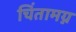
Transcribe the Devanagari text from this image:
चिंतामग्न